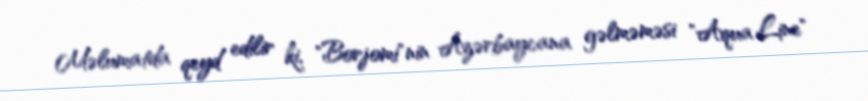
Məlumatda qeyd edilir ki, "Borjomi"nin Azərbaycana gəlməməsi "Aqua Line"